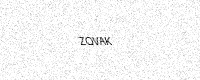
Text: ZQVAK